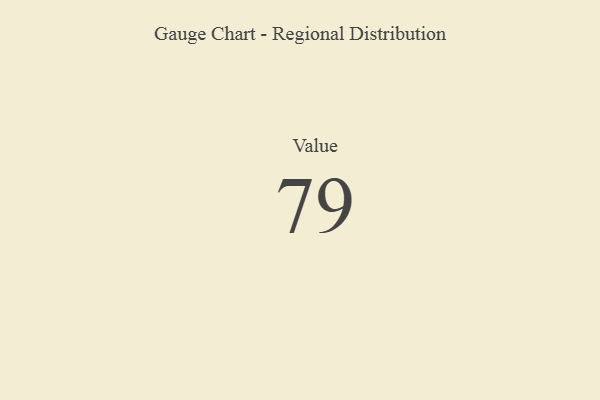
{"axis": {"x": "Metric", "y": "Value"}, "legend": [""], "data": [{"x": "Value", "y": 79, "type": ""}]}